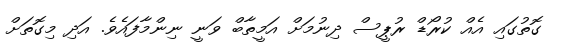
ގޮތުގައި އެއް ކުރޯޑް ރުޕީސް ދިނުމަށް އަމީތާބް ވަނީ ނިންމާފައެވެ. އަދި މިގޮތަށް